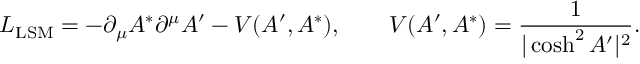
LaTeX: { \cal L } _ { \mathrm { L S M } } = - \partial _ { \mu } A ^ { * } \partial ^ { \mu } A ^ { \prime } - V ( A ^ { \prime } , A ^ { * } ) , \qquad V ( A ^ { \prime } , A ^ { * } ) = { \frac { 1 } { | \cosh ^ { 2 } A ^ { \prime } | ^ { 2 } } } .